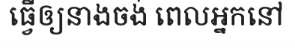
ធ្វើឲ្យនាងចង់ ពេលអ្នកនៅ